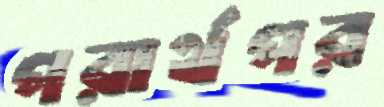
পরার্থপর